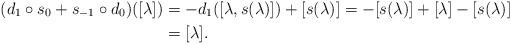
LaTeX: \begin{align*}(d_1 \circ s_0 + s_{-1} \circ d_0)([\lambda]) & = -d_1([\lambda, s(\lambda)]) + [s(\lambda)] = -[s(\lambda)] + [\lambda] - [s(\lambda)] \\&= [\lambda].\end{align*}